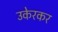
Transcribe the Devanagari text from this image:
उकेरकर